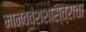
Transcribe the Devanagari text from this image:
मानववंशशास्त्राचा